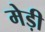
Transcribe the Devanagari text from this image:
मेड़ी